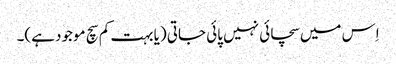
اِس میں سچائی نہیں پائی جاتی (یا بہت کم سچ موجود ہے)۔